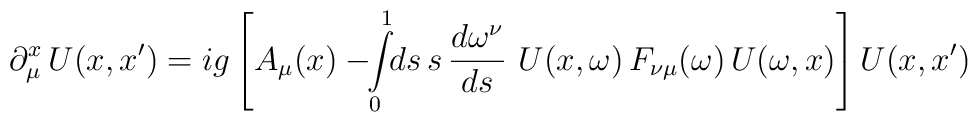
\partial_\mu^x \, U(x,x') = i g \left[ A_\mu(x) - \!\!\int\limits^1_0    \!\! ds \, s \, {d\omega^\nu\over d s}\ U(x,\omega)\,F_{\nu\mu}(\omega)    \,U(\omega,x) \right] U(x,x')